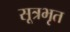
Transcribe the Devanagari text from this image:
सूत्रभृत